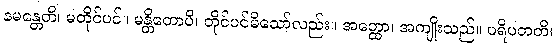
နမန္တေတိ၊ မတိုင်ပင်။ မန္တိတောပိ၊ တိုင်ပင်မိသော်လည်း။ အတ္ထော၊ အကျိုးသည်။ ပရိပတတိ၊